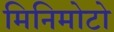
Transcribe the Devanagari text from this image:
मिनिमोटो